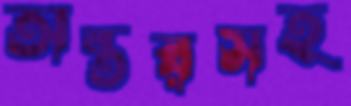
অন্তরসহ